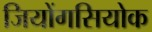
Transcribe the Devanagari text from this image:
जियोंगसियोक